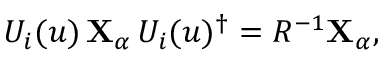
U _ { i } ( u ) \, { \mathbf { X } } _ { \alpha } \, U _ { i } ( u ) ^ { \dagger } = R ^ { - 1 } { \mathbf { X } } _ { \alpha } ,